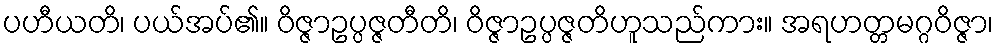
ပဟီယတိ၊ ပယ်အပ်၏။ ဝိဇ္ဇာဥပ္ပဇ္ဇတီတိ၊ ဝိဇ္ဇာဥပ္ပဇ္ဇတိဟူသည်ကား။ အရဟတ္တမဂ္ဂဝိဇ္ဇာ၊